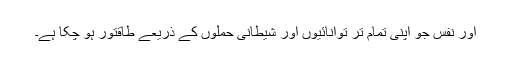
اور نفس جو اپنی تمام تر توانائیوں اور شیطانی حملوں کے ذریعے طاقتور ہو چکا ہے۔